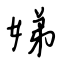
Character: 娣